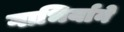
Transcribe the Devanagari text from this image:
गाभिर्याने